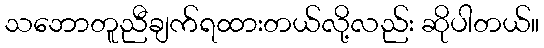
သဘောတူညီချက်ရထားတယ်လို့လည်း ဆိုပါတယ်။